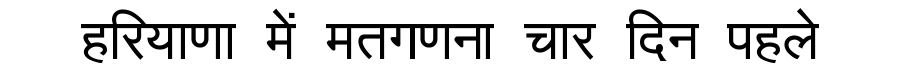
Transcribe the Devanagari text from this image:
हरियाणा में मतगणना चार दिन पहले